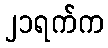
၂၁ရက်က